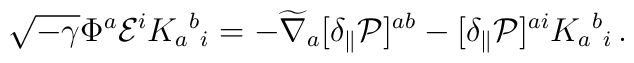
\sqrt{-\gamma} \Phi^a {\cal E}^i K_a{}^b{}_i =  - \widetilde\nabla_a  [ \delta_\parallel {\cal P}]^{a b}- [ \delta_\parallel {\cal P}]^{ai} K_a{}^b{}_i \,.